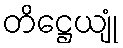
တိဋ္ဌေယျုံ